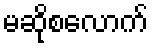
မဆိုစလောက်